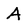
Character: A